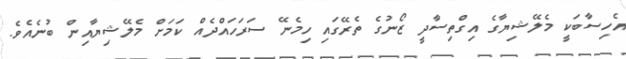
އެހިސާބަކީ މެލޭޝިޔާގެ އިގްތިސާދީ ޒޯނުގެ ތެރޭގައި ހިމެނޭ ސަރަހައްދެއް ކަމަށް މެލޭޝިޔާއިން ބުނެއެވެ.